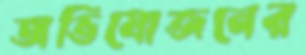
অভিযোজনের